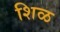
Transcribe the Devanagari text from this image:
शिळ